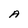
Character: A